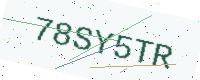
Text: 78SY5TR